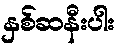
နှစ်ဆနီးပါး